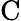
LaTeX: \textrm{C}